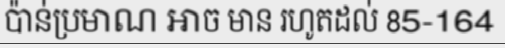
ប៉ាន់ប្រមាណ អាច មាន រហូតដល់ 85-164